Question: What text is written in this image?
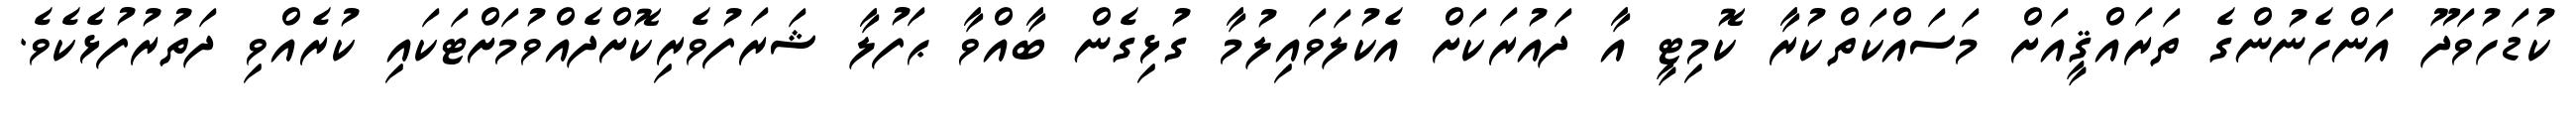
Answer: ކުޑަހުވަދޫ އަންހެނުންގެ ތަރައްޤީއަށް މަސައްކަތްކުރާ ކޮމިޓީ އާ ދައުރަކަށް އެކުލަވައިލުމާ ގުޅިގެން ބާއްވާ ޙަފުލާ ޝަރަފުވެރިކޮށްދެއްވުމަށްޓަކައި ކުރެއްވި ދަތުރުފުޅެކެވެ.